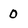
Character: 0